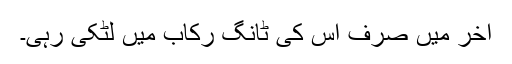
آخر میں صرف اس کی ٹانگ رکاب میں لٹکی رہی۔